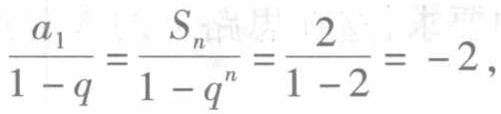
\(\frac{a_{1}}{1 - q}=\frac{S_{n}}{1 - q^{n}}=\frac{2}{1 - 2}=-2\)